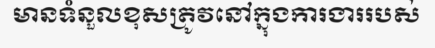
មានទំនួលខុសត្រូវនៅក្នុងការងាររបស់